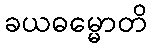
ခယဓမ္မောတိ